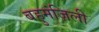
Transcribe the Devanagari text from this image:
बहुमंज़िली